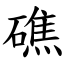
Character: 礁